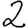
Digit: 2